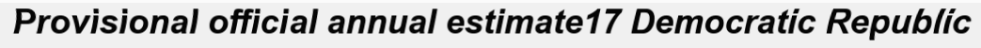
Provisional official annual estimate17 Democratic Republic